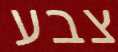
צבע